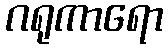
ဂရုကာရော